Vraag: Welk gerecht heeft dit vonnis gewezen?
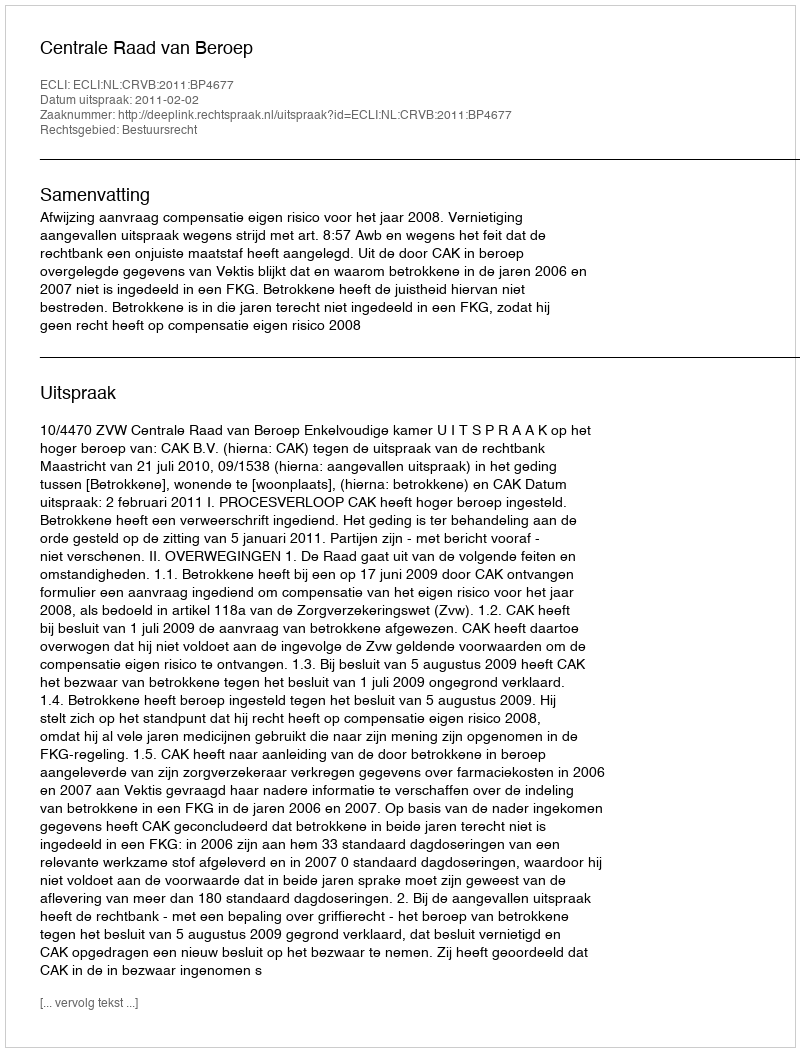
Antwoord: Centrale Raad van Beroep